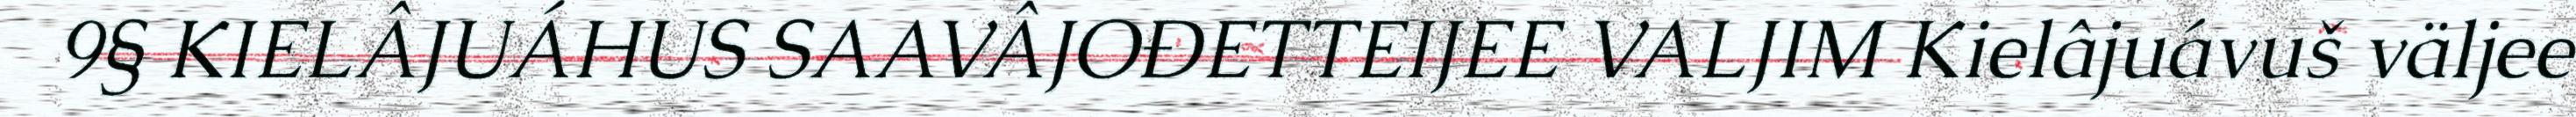
9§ KIELÂJUÁHUS SAAVÂJOĐETTEIJEE VALJIM Kielâjuávuš väljee